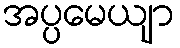
အပ္ပမေယျာ